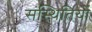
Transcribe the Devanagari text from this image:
संस्थितियों